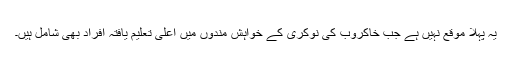
یہ پہلا موقع نہیں ہے جب خاکروب کی نوکری کے خواہش مندوں میں اعلی تعلیم یافتہ افراد بھی شامل ہیں۔